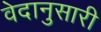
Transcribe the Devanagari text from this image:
वेदानुसारी